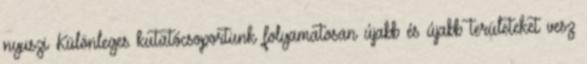
nyuszi Különleges kutatócsoportunk folyamatosan újabb és újabb területeket vesz